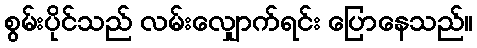
စွမ်းပိုင်သည် လမ်းလျှောက်ရင်း ပြောနေသည်။